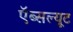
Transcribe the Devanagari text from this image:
ऍब्सल्यूट